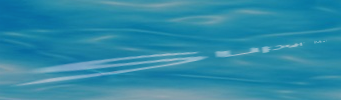
Super Mart